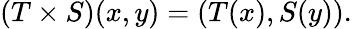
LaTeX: (T\times S)(x,y)=(T(x),S(y)).